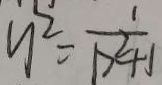
y ^ { 2 } = \frac { 1 } { P ^ { 2 } + 1 }